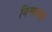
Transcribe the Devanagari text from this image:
किम्वदन्ती